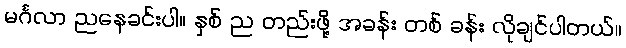
မင်္ဂလာ ညနေခင်းပါ။ နှစ် ည တည်းဖို့ အခန်း တစ် ခန်း လိုချင်ပါတယ်။